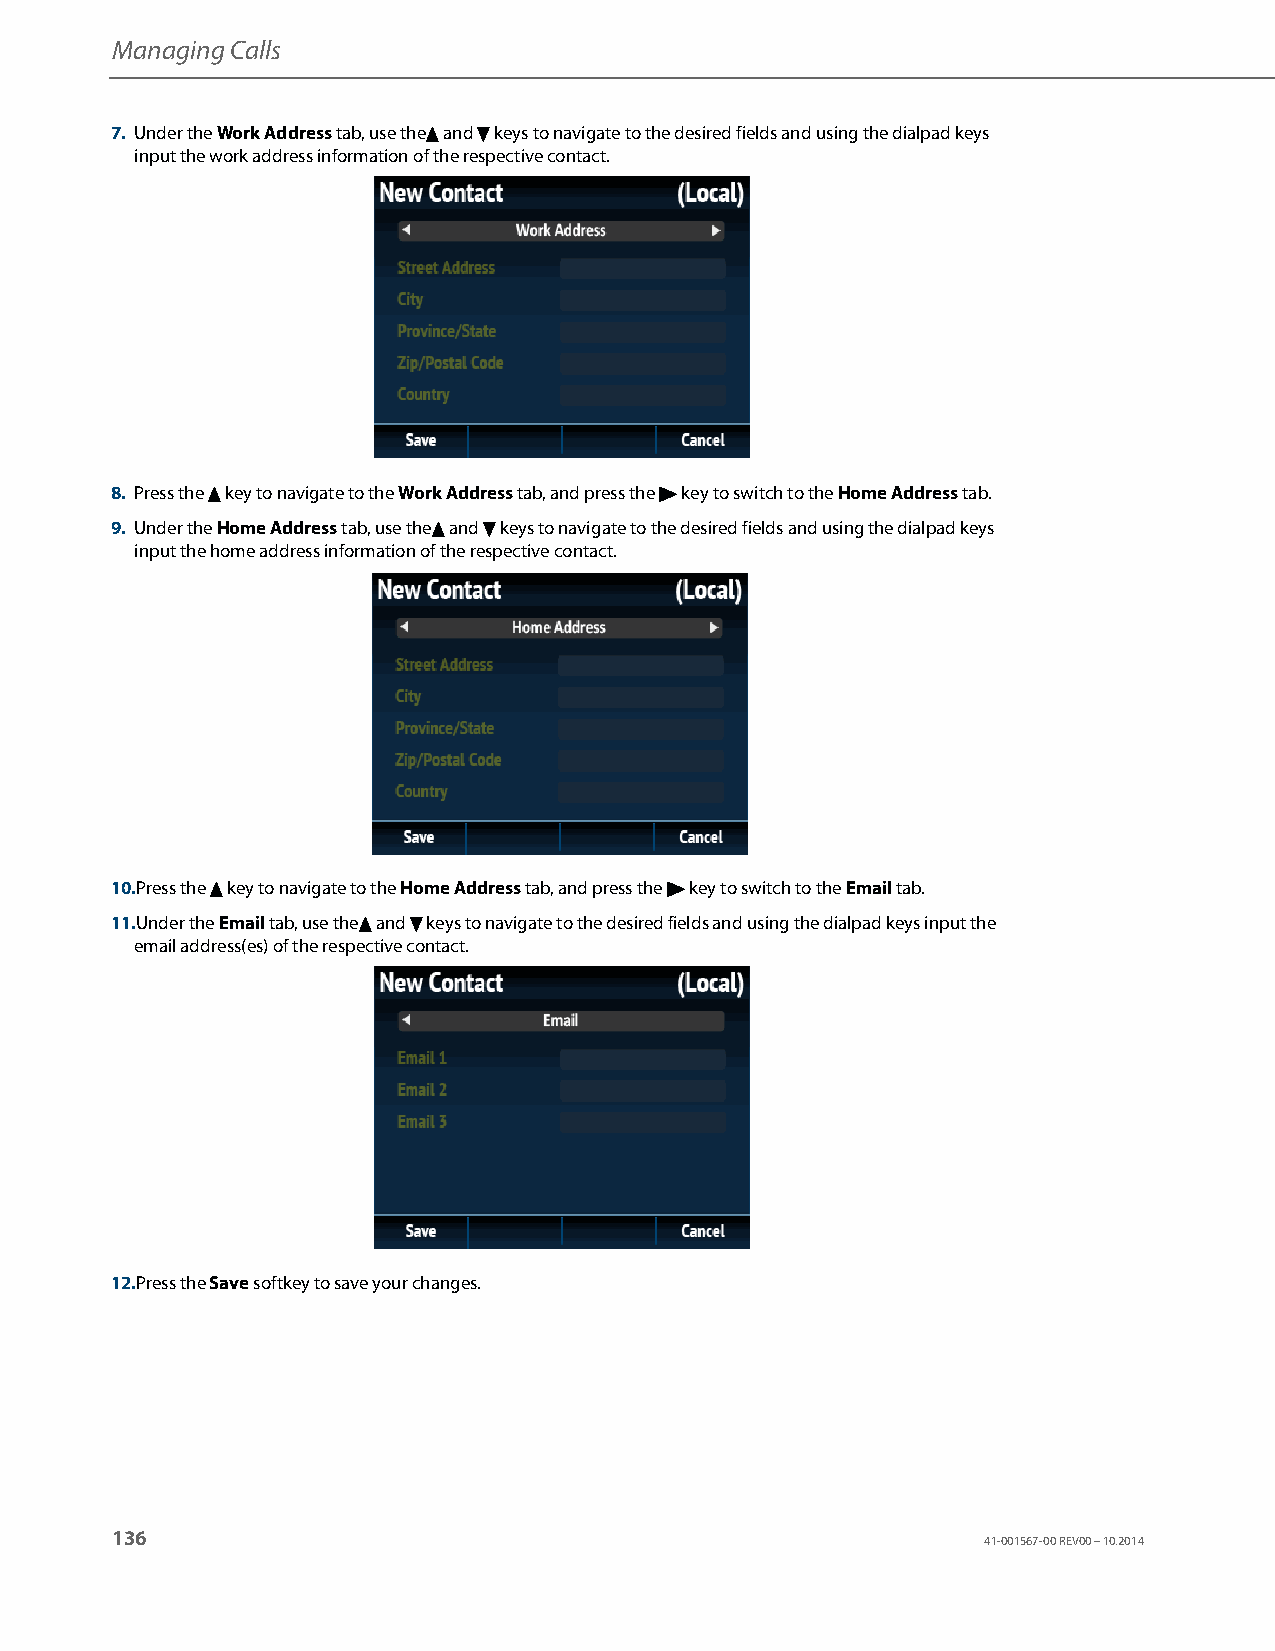
Managing Calls
 7. Under the Work Address tab, use the5 and 2 keys to navigate to the desired fields and using the dialpad keys
 input the work address information of the respective contact.
 8. Press the 5 key to navigate to the Work Address tab, and press the 4 key to switch to the Home Address tab.
 9. Under the Home Address tab, use the5 and 2 keys to navigate to the desired fields and using the dialpad keys
 input the home address information of the respective contact.
 10.Press the 5 key to navigate to the Home Address tab, and press the 4 key to switch to the Email tab.
 11.Under the Email tab, use the5 and 2 keys to navigate to the desired fields and using the dialpad keys input the
 email address(es) of the respective contact.
 12.Press the Save softkey to save your changes.
 136
 41-001567-00 REV00 – 10.2014